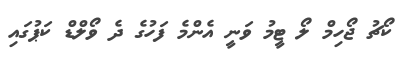
ކޯޗު ޖޯހިމް ލޯ ޓީމު ވަނީ އެންމެ ފަހުގެ ދެ ވޯލްޑް ކަޕުގައި